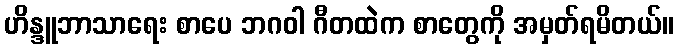
ဟိန္ဒူဘာသာရေး စာပေ ဘဂဝါ ဂီတထဲက စာတွေကို အမှတ်ရမိတယ်။